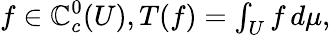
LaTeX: f\in\mathbb{C}_{c}^{0}(U),T(f)=\textstyle\int_{U}f\, d\mu,